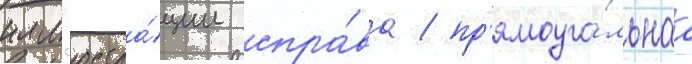
илл'юстра́ции спра́ва / пр'ямоуго́льнаа